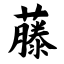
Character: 藤